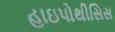
હાઇપોથીસિસ